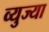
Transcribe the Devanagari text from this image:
व्युज्या